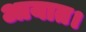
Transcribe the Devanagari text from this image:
आयात।